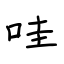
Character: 哇